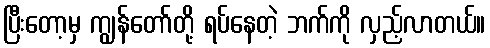
ပြီးတော့မှ ကျွန်တော်တို့ ရပ်နေတဲ့ ဘက်ကို လှည့်လာတယ်။